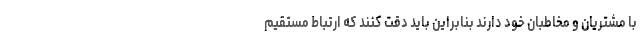
با مشتریان و مخاطبان خود دارند بنابراین باید دقت کنند که ارتباط مستقیم